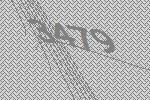
3479